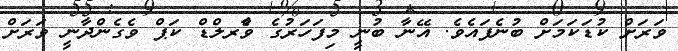
ވަރަށް ކުޑަކަމަށް ބުނެފައެވެ. އޭނާ ބުނީ މިފަހަރުގެ ވާެރލްޑް ކަޕް ވެގެންދާނީ ވަރަށް